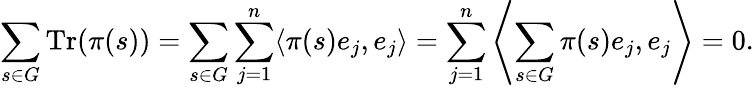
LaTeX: \sum_{s\in G}{\mathrm{Tr}}(\pi(s))=\sum_{s\in G}\sum_{j=1}^{n}\langle\pi(s)e_{j},e_{j}\rangle=\sum_{j=1}^{n}\left\langle\sum_{s\in G}\pi(s)e_{j},e_{j}\right\rangle=0.